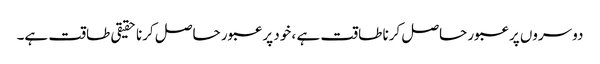
دوسروں پر عبور حاصل کرنا طاقت ہے ، خود پر عبور حاصل کرنا حقیقی طاقت ہے۔